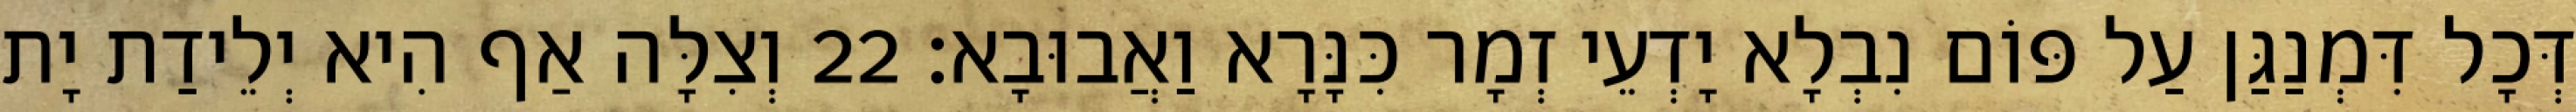
דְּכָל דִּמְנַגַּן עַל פּוֹם נִבְלָא יָדְעֵי זְמָר כִּנָּרָא וַאֲבוּבָא׃ 22 וְצִלָּה אַף הִיא יְלֵידַת יָת